Papers set at the Examination for Leaving Certificates, 1890
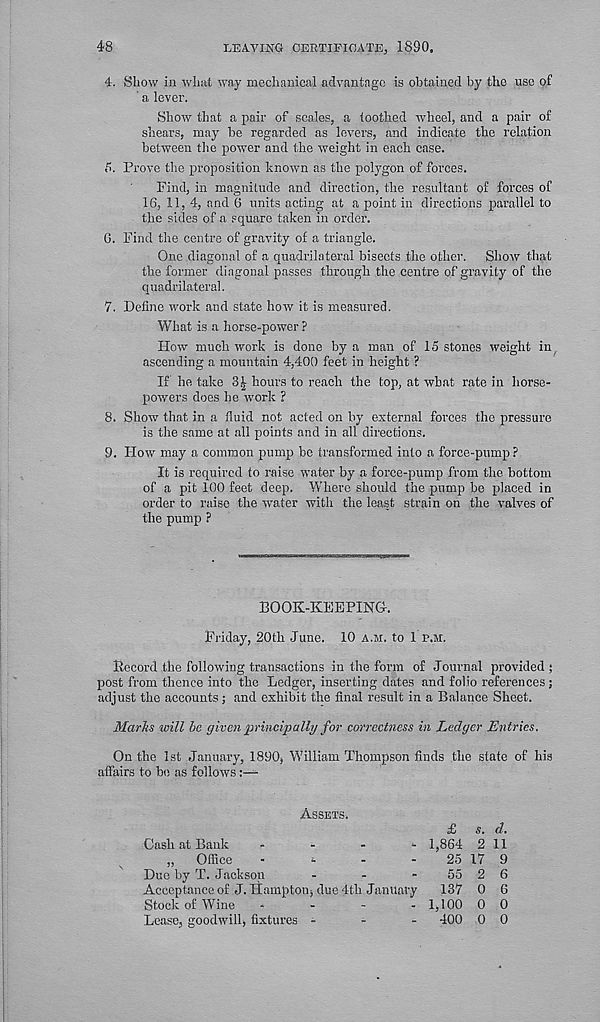
48
LEAVING CERTIFICATE, 1830.
4. Show in what way mechanical advantage is obtained by the use of
a lever.
Show that a pair of scales, a toothed wheel, and a pair of
shears, may bo regarded as levers, and indicate the relation
between the power and the weight in each case.
d. Prove the proposition known as the polygon of forces.
Find, in magnitude and direction, the resultant of forces of
16, 11, 4, and 6 units acting at a point in directions parallel to
the sides of a square taken in order.
G. Find the centre of gravity of a triangle.
One diagonal of a quadrilateral bisects the other. Show that
the former diagonal passes through the centre of gravity of the
quadrilateral.
7. Define work and state how it is measured.
What is a horse-power ?
How much work is done by a man of 15 stones weight in
ascending a mountain 4,400 feet in height ?
If he take 3| hours to reach the top, at what rate in horse-
powers does he work ?
8. Show that in a fluid not acted on by external forces the pressure
is the same at all points and in all directions.
9. How may a common pump be transformed into a force-pump ?
It is required to raise water by a force-pump from the bottom
of a pit 100 feet deep. Where should the pump he placed in
order to raise the water with the least strain on the valves of
the pump ?
BOOK-KEEPING.
Friday, 20tk June. 10 a.m. to 1 r.M.
Becord the following transactions in the form of Journal provided ;
post from thence into the Ledger, inserting dates and folio references ;
adjust the accounts; and exhibit the final result in a Balance Sheet.
Marks will be given principally for correctness in Ledger Entries.
On the 1st January, 1890, William Thompson finds the state of his
affairs to he as follows
Assets.
£ s. d.
Cash at Bank
-
-
-
- 1,864 2 11
„ Office
-
-
-
25 17 9
Duo by T. Jackson
-
-
-
55 2 6
Acceptance of J.liampton, due 4th January 137 0 6
Stock of Wine
-
-
-
. 1,100 0 0
Lease, goodwill, fixtures -
-
- 400 0 0